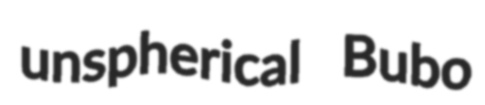
unspherical Bubo